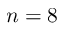
n = 8